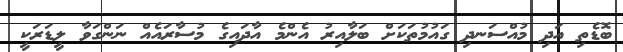
ބޮޑެތި އަދި މުއްސަނދި ގައުމުތަކަށް ބަލާއިރު އެންމެ އާދައިގެ މުސާރައެއް ނަންގަވާ ލީޑަރަކީ